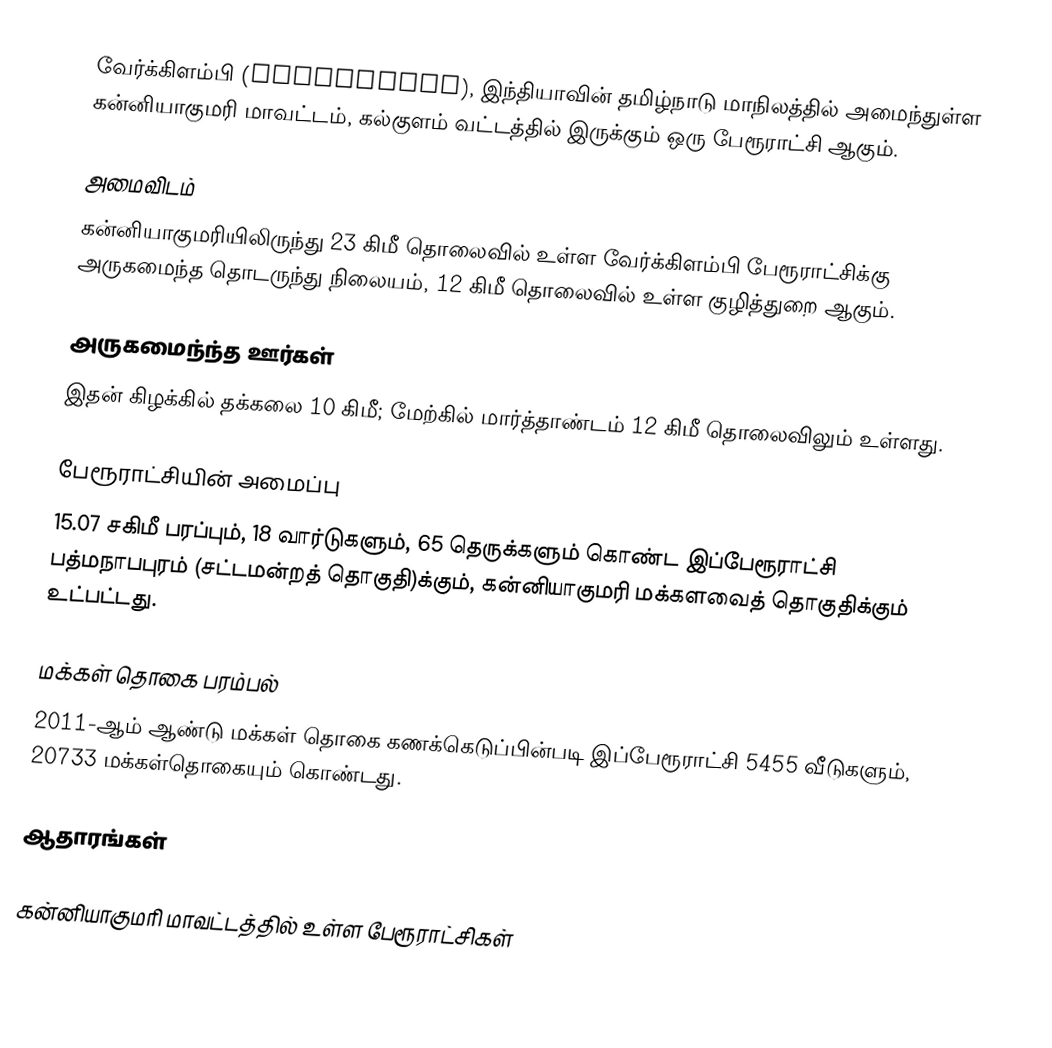
வேர்க்கிளம்பி (Verkilambi), இந்தியாவின் தமிழ்நாடு மாநிலத்தில் அமைந்துள்ள கன்னியாகுமரி மாவட்டம், கல்குளம் வட்டத்தில் இருக்கும் ஒரு பேரூராட்சி ஆகும்.

அமைவிடம்
கன்னியாகுமரியிலிருந்து 23 கிமீ தொலைவில் உள்ள வேர்க்கிளம்பி பேரூராட்சிக்கு அருகமைந்த தொடருந்து நிலையம், 12 கிமீ தொலைவில் உள்ள குழித்துறை ஆகும்.

அருகமைந்ந்த ஊர்கள்
இதன் கிழக்கில் தக்கலை 10 கிமீ; மேற்கில் மார்த்தாண்டம் 12 கிமீ தொலைவிலும் உள்ளது.

பேரூராட்சியின் அமைப்பு
15.07 சகிமீ  பரப்பும், 18  வார்டுகளும், 65 தெருக்களும் கொண்ட இப்பேரூராட்சி  பத்மநாபபுரம் (சட்டமன்றத் தொகுதி)க்கும், கன்னியாகுமரி மக்களவைத் தொகுதிக்கும் உட்பட்டது.

மக்கள் தொகை பரம்பல்
2011-ஆம் ஆண்டு மக்கள் தொகை கணக்கெடுப்பின்படி  இப்பேரூராட்சி                            5455 வீடுகளும், 20733 மக்கள்தொகையும் கொண்டது.

ஆதாரங்கள்

கன்னியாகுமரி மாவட்டத்தில் உள்ள பேரூராட்சிகள்